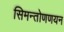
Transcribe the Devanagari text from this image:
सिमन्तोणणयन